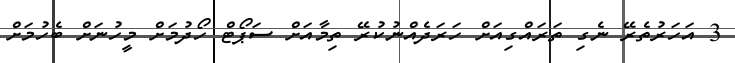
3 އަހަރުތެރޭ ނެގި ތަރައްގިއަށް ހަރަދެއްނުކުރޭ ތިމާއަށް ސަޕޯޓް ހޯދުމަށް މީހުނަށް ބެހުމަށް